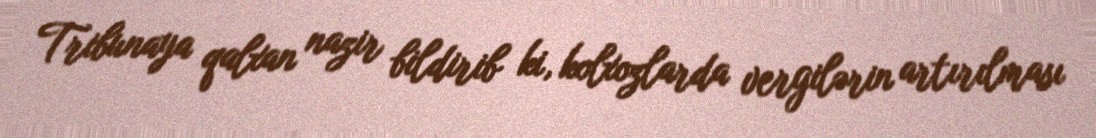
Tribunaya qalxan nazir bildirib ki, kolxozlarda vergilərin artırılması